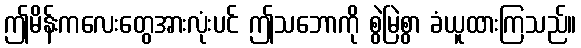
ဤမိန်းကလေးတွေအားလုံးပင် ဤသဘောကို စွဲမြဲစွာ ခံယူထားကြသည်။